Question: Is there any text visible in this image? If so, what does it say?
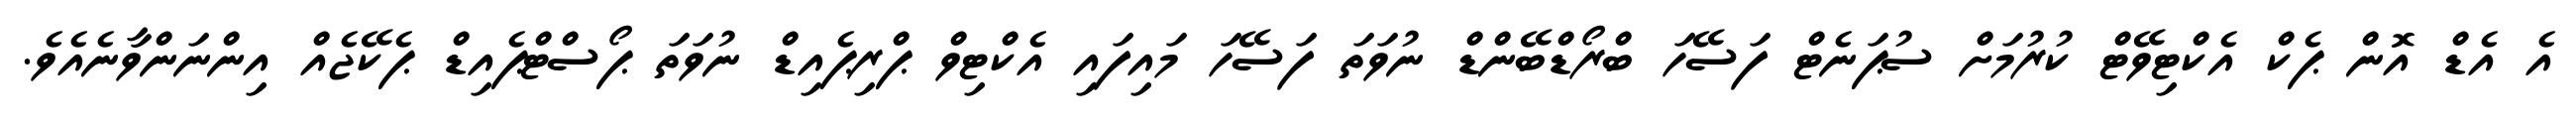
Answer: އެ އެޑް އޮން ޕެކް އެކްޓިވޭޓް ކުރުމަށް ސުޕަނެޓް ފަސޭހަ ބްރޯޑްބޭންޑް ނުވަތަ ފަސޭހަ މައިފައި އެކްޓިވް ޕްރިޕެއިޑް ނުވަތަ ޕޯސްޓްޕެއިޑް ޕެކޭޖެއް އިންނަންވާނެއެވެ.